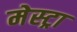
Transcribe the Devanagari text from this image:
मेस्ट्रा